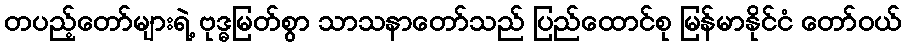
တပည့်တော်များရဲ့ ဗုဒ္ဓမြတ်စွာ သာသနာတော်သည် ပြည်ထောင်စု မြန်မာနိုင်ငံ တော်ဝယ်